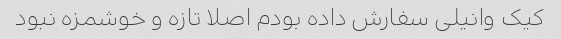
کیک وانیلی سفارش داده بودم اصلا تازه و خوشمزه نبود